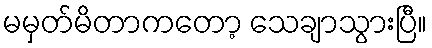
မမှတ်မိတာကတော့ သေချာသွားပြီ။